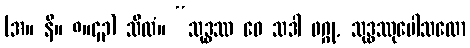
(အ။ နိ။ ၈။၄၃) သီလံ။ “သုဒ္ဓဿ ဝေ သဒါ ဖဂ္ဂု, သုဒ္ဓဿုပေါသထော